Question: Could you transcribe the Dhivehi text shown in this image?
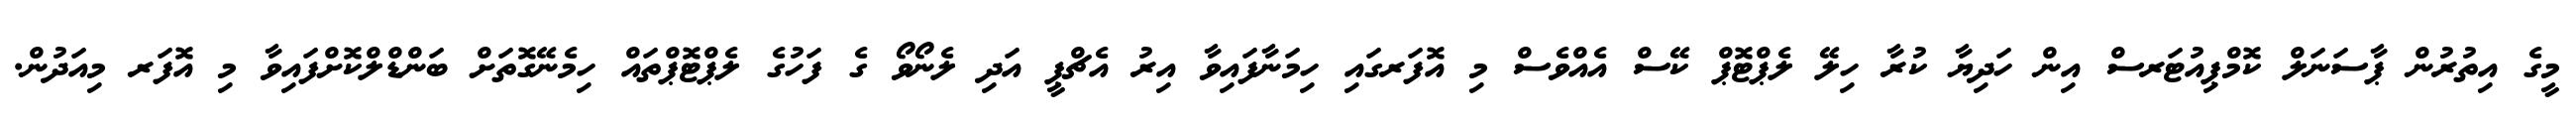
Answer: މީގެ އިތުރުން ޕާސަނަލް ކޮމްޕިއުޓަރސް އިން ހަދިޔާ ކުރާ ހިލޭ ލެޕްޓޮޕް ކޭސް އެއްވެސް މި އޮފަރގައި ހިމަނާފައިވާ އިރު އެޗްޕީ އަދި ލެނޯވޯ ގެ ފަހުގެ ލެޕްޓޮޕްތައް ހިމެނޭގޮތަށް ބަންޑްލްކޮށްފައިވާ މި އޮފަރ މިއަދުން.